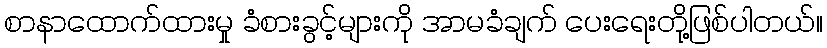
စာနာထောက်ထားမှု ခံစားခွင့်များကို အာမခံချက် ပေးရေးတို့ဖြစ်ပါတယ်။